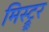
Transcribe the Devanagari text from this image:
मिस्ट्र्र्र्र